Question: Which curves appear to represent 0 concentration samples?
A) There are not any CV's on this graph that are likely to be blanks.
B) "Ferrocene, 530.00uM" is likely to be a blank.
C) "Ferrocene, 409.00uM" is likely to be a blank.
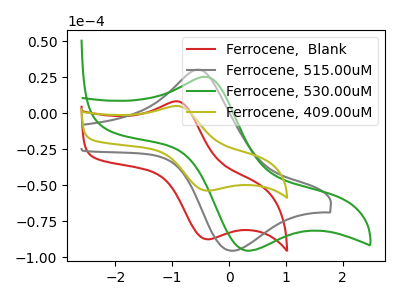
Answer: <think>The red curve "Ferrocene,  Blank" has an anodic peak at (-0.90V, 8.25uA) and a cathodic peak at (-0.35V, -87.45uA). The gray curve "Ferrocene, 515.00uM" has an anodic peak at (-0.50V, 30.15uA) and a cathodic peak at (0.05V, -95.45uA). The green curve "Ferrocene, 530.00uM" has an anodic peak at (-0.40V, 25.45uA) and a cathodic peak at (0.30V, -95.30uA). The olive curve "Ferrocene, 409.00uM" has an anodic peak at (-0.90V, 5.05uA) and a cathodic peak at (-0.35V, -53.70uA).</think>
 <answer>A) There are not any CV's on this graph that are likely to be blanks.</answer>
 <eval>A</eval>